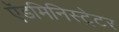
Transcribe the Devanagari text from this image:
ऍडमिनिस्ट्रेटर